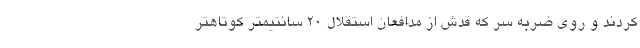
کردند و روی ضربه سر که قدش از مدافعان استقلال 20 سانتیمتر کوتاهتر